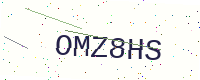
Text: OMZ8HS